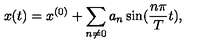
x ( t ) = x ^ { ( 0 ) } + \sum _ { n \neq 0 } a _ { n } \sin ( \frac { n \pi } { T } t ) , \nonumber